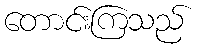
တောင်းကြသည်